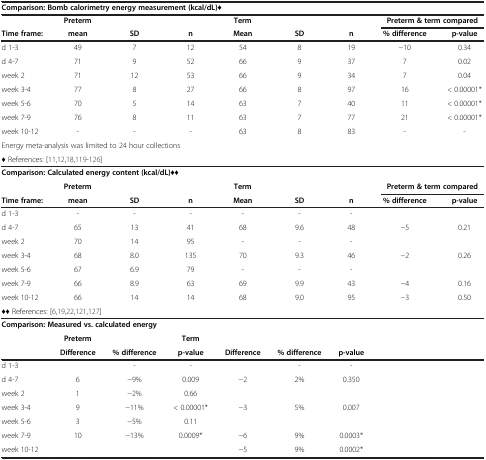
<table><thead><tr><td colspan="9"><b>Comparison: Bomb calorimetry energy measurement (kcal/dL)♦</b></td></tr><tr><td><b> </b></td><td><b>Preterm</b></td><td><b> </b></td><td><b> </b></td><td><b>Term</b></td><td><b> </b></td><td><b> </b></td><td colspan="2"><b>Preterm &amp; term compared</b></td></tr><tr><td><b>Time frame:</b></td><td><b>mean</b></td><td><b>SD</b></td><td><b>n</b></td><td><b>Mean</b></td><td><b>SD</b></td><td><b>n</b></td><td><b>% difference</b></td><td><b>p-value</b></td></tr></thead><tbody><tr><td>d 1-3</td><td>49</td><td>7</td><td>12</td><td>54</td><td>8</td><td>19</td><td>−10</td><td>0.34</td></tr><tr><td>d 4-7</td><td>71</td><td>9</td><td>52</td><td>66</td><td>9</td><td>37</td><td>7</td><td>0.02</td></tr><tr><td>week 2</td><td>71</td><td>12</td><td>53</td><td>66</td><td>9</td><td>34</td><td>7</td><td>0.04</td></tr><tr><td>week 3-4</td><td>77</td><td>8</td><td>27</td><td>66</td><td>8</td><td>97</td><td>16</td><td>&lt; 0.00001*</td></tr><tr><td>week 5-6</td><td>70</td><td>5</td><td>14</td><td>63</td><td>7</td><td>40</td><td>11</td><td>&lt; 0.00001*</td></tr><tr><td>week 7-9</td><td>76</td><td>8</td><td>11</td><td>63</td><td>7</td><td>77</td><td>21</td><td>&lt; 0.00001*</td></tr><tr><td>week 10-12</td><td>-</td><td>-</td><td>-</td><td>63</td><td>8</td><td>83</td><td>-</td><td>-</td></tr><tr><td colspan="9">Energy meta-analysis was limited to 24 hour collections</td></tr><tr><td colspan="9"><b>♦</b> References: [11,12,18,119-126]</td></tr><tr><td colspan="9"><b>Comparison: Calculated energy content (kcal/dL)♦♦</b></td></tr><tr><td> </td><td><b>Preterm</b></td><td> </td><td> </td><td><b>Term</b></td><td> </td><td> </td><td colspan="2"><b>Preterm &amp; term compared</b></td></tr><tr><td><b>Time frame:</b></td><td><b>mean</b></td><td><b>SD</b></td><td><b>n</b></td><td><b>Mean</b></td><td><b>SD</b></td><td><b>n</b></td><td><b>% difference</b></td><td><b>p-value</b></td></tr><tr><td>d 1-3</td><td>-</td><td>-</td><td>-</td><td>-</td><td>-</td><td>-</td><td> </td><td> </td></tr><tr><td>d 4-7</td><td>65</td><td>13</td><td>41</td><td>68</td><td>9.6</td><td>48</td><td>−5</td><td>0.21</td></tr><tr><td>week 2</td><td>70</td><td>14</td><td>95</td><td>-</td><td>-</td><td>-</td><td> </td><td> </td></tr><tr><td>week 3-4</td><td>68</td><td>8.0</td><td>135</td><td>70</td><td>9.3</td><td>46</td><td>−2</td><td>0.26</td></tr><tr><td>week 5-6</td><td>67</td><td>6.9</td><td>79</td><td>-</td><td>-</td><td>-</td><td> </td><td> </td></tr><tr><td>week 7-9</td><td>66</td><td>8.9</td><td>63</td><td>69</td><td>9.9</td><td>43</td><td>−4</td><td>0.16</td></tr><tr><td>week 10-12</td><td>66</td><td>14</td><td>14</td><td>68</td><td>9.0</td><td>95</td><td>−3</td><td>0.50</td></tr><tr><td colspan="9"><b>♦♦</b> References: [6,19,22,121,127]</td></tr><tr><td colspan="9"><b>Comparison: Measured vs. calculated energy</b></td></tr><tr><td> </td><td><b>Preterm</b></td><td> </td><td><b>Term</b></td><td> </td><td> </td><td> </td><td> </td><td> </td></tr><tr><td> </td><td><b>Difference</b></td><td><b>% difference</b></td><td><b>p-value</b></td><td><b>Difference</b></td><td><b>% difference</b></td><td><b>p-value</b></td><td> </td><td> </td></tr><tr><td>d 1-3</td><td> </td><td>-</td><td>-</td><td> </td><td>-</td><td>-</td><td> </td><td> </td></tr><tr><td>d 4-7</td><td>6</td><td>−9%</td><td>0.009</td><td>−2</td><td>2%</td><td>0.350</td><td> </td><td> </td></tr><tr><td>week 2</td><td>1</td><td>−2%</td><td>0.66</td><td> </td><td> </td><td> </td><td> </td><td> </td></tr><tr><td>week 3-4</td><td>9</td><td>−11%</td><td>&lt; 0.00001*</td><td>−3</td><td>5%</td><td>0.007</td><td> </td><td> </td></tr><tr><td>week 5-6</td><td>3</td><td>−5%</td><td>0.11</td><td> </td><td> </td><td> </td><td> </td><td> </td></tr><tr><td>week 7-9</td><td>10</td><td>−13%</td><td>0.0009*</td><td>−6</td><td>9%</td><td>0.0003*</td><td> </td><td> </td></tr><tr><td>week 10-12</td><td> </td><td> </td><td> </td><td>−5</td><td>9%</td><td>0.0002*</td><td> </td><td> </td></tr></tbody></table>